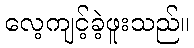
လေ့ကျင့်ခဲ့ဖူးသည်။